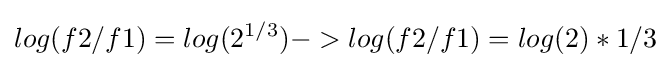
log{(f2/f1)}=log{(2^{1/3})}->log(f2/f1)=log(2)*1/3